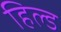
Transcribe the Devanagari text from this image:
हिल्ड